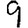
Digit: 9